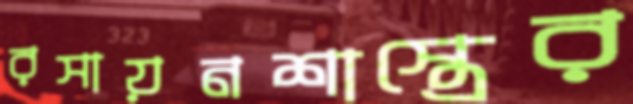
রসায়নশাস্ত্রের